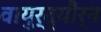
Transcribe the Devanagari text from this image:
वायुर्द्यौर्न